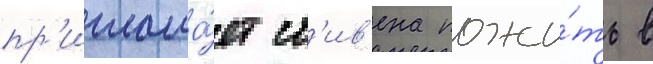
пр'иглаша́ет ст'ив'ена пожи́ть в